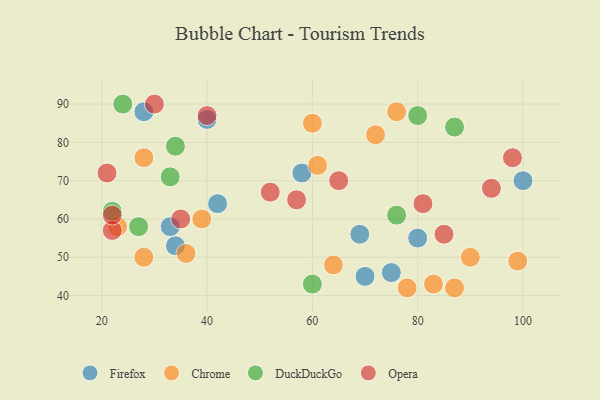
{"axis": {"x": "GDP", "y": "Life Expectancy"}, "legend": ["Chrome", "DuckDuckGo", "Firefox", "Opera"], "data": [{"x": "28", "y": 88, "type": "Firefox"}, {"x": "40", "y": 86, "type": "Firefox"}, {"x": "34", "y": 53, "type": "Firefox"}, {"x": "33", "y": 58, "type": "Firefox"}, {"x": "80", "y": 55, "type": "Firefox"}, {"x": "100", "y": 70, "type": "Firefox"}, {"x": "58", "y": 72, "type": "Firefox"}, {"x": "70", "y": 45, "type": "Firefox"}, {"x": "75", "y": 46, "type": "Firefox"}, {"x": "42", "y": 64, "type": "Firefox"}, {"x": "69", "y": 56, "type": "Firefox"}, {"x": "72", "y": 82, "type": "Chrome"}, {"x": "90", "y": 50, "type": "Chrome"}, {"x": "83", "y": 43, "type": "Chrome"}, {"x": "23", "y": 58, "type": "Chrome"}, {"x": "60", "y": 85, "type": "Chrome"}, {"x": "28", "y": 76, "type": "Chrome"}, {"x": "76", "y": 88, "type": "Chrome"}, {"x": "36", "y": 51, "type": "Chrome"}, {"x": "78", "y": 42, "type": "Chrome"}, {"x": "61", "y": 74, "type": "Chrome"}, {"x": "64", "y": 48, "type": "Chrome"}, {"x": "87", "y": 42, "type": "Chrome"}, {"x": "39", "y": 60, "type": "Chrome"}, {"x": "99", "y": 49, "type": "Chrome"}, {"x": "28", "y": 50, "type": "Chrome"}, {"x": "76", "y": 61, "type": "DuckDuckGo"}, {"x": "24", "y": 90, "type": "DuckDuckGo"}, {"x": "27", "y": 58, "type": "DuckDuckGo"}, {"x": "80", "y": 87, "type": "DuckDuckGo"}, {"x": "60", "y": 43, "type": "DuckDuckGo"}, {"x": "34", "y": 79, "type": "DuckDuckGo"}, {"x": "33", "y": 71, "type": "DuckDuckGo"}, {"x": "22", "y": 62, "type": "DuckDuckGo"}, {"x": "87", "y": 84, "type": "DuckDuckGo"}, {"x": "35", "y": 60, "type": "Opera"}, {"x": "94", "y": 68, "type": "Opera"}, {"x": "52", "y": 67, "type": "Opera"}, {"x": "81", "y": 64, "type": "Opera"}, {"x": "21", "y": 72, "type": "Opera"}, {"x": "22", "y": 57, "type": "Opera"}, {"x": "57", "y": 65, "type": "Opera"}, {"x": "65", "y": 70, "type": "Opera"}, {"x": "85", "y": 56, "type": "Opera"}, {"x": "98", "y": 76, "type": "Opera"}, {"x": "22", "y": 61, "type": "Opera"}, {"x": "30", "y": 90, "type": "Opera"}, {"x": "40", "y": 87, "type": "Opera"}]}